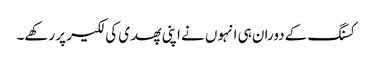
کسنگ کے دوران ہی انہوں نے اپنی پھدی کی لکیر پر رکھے۔